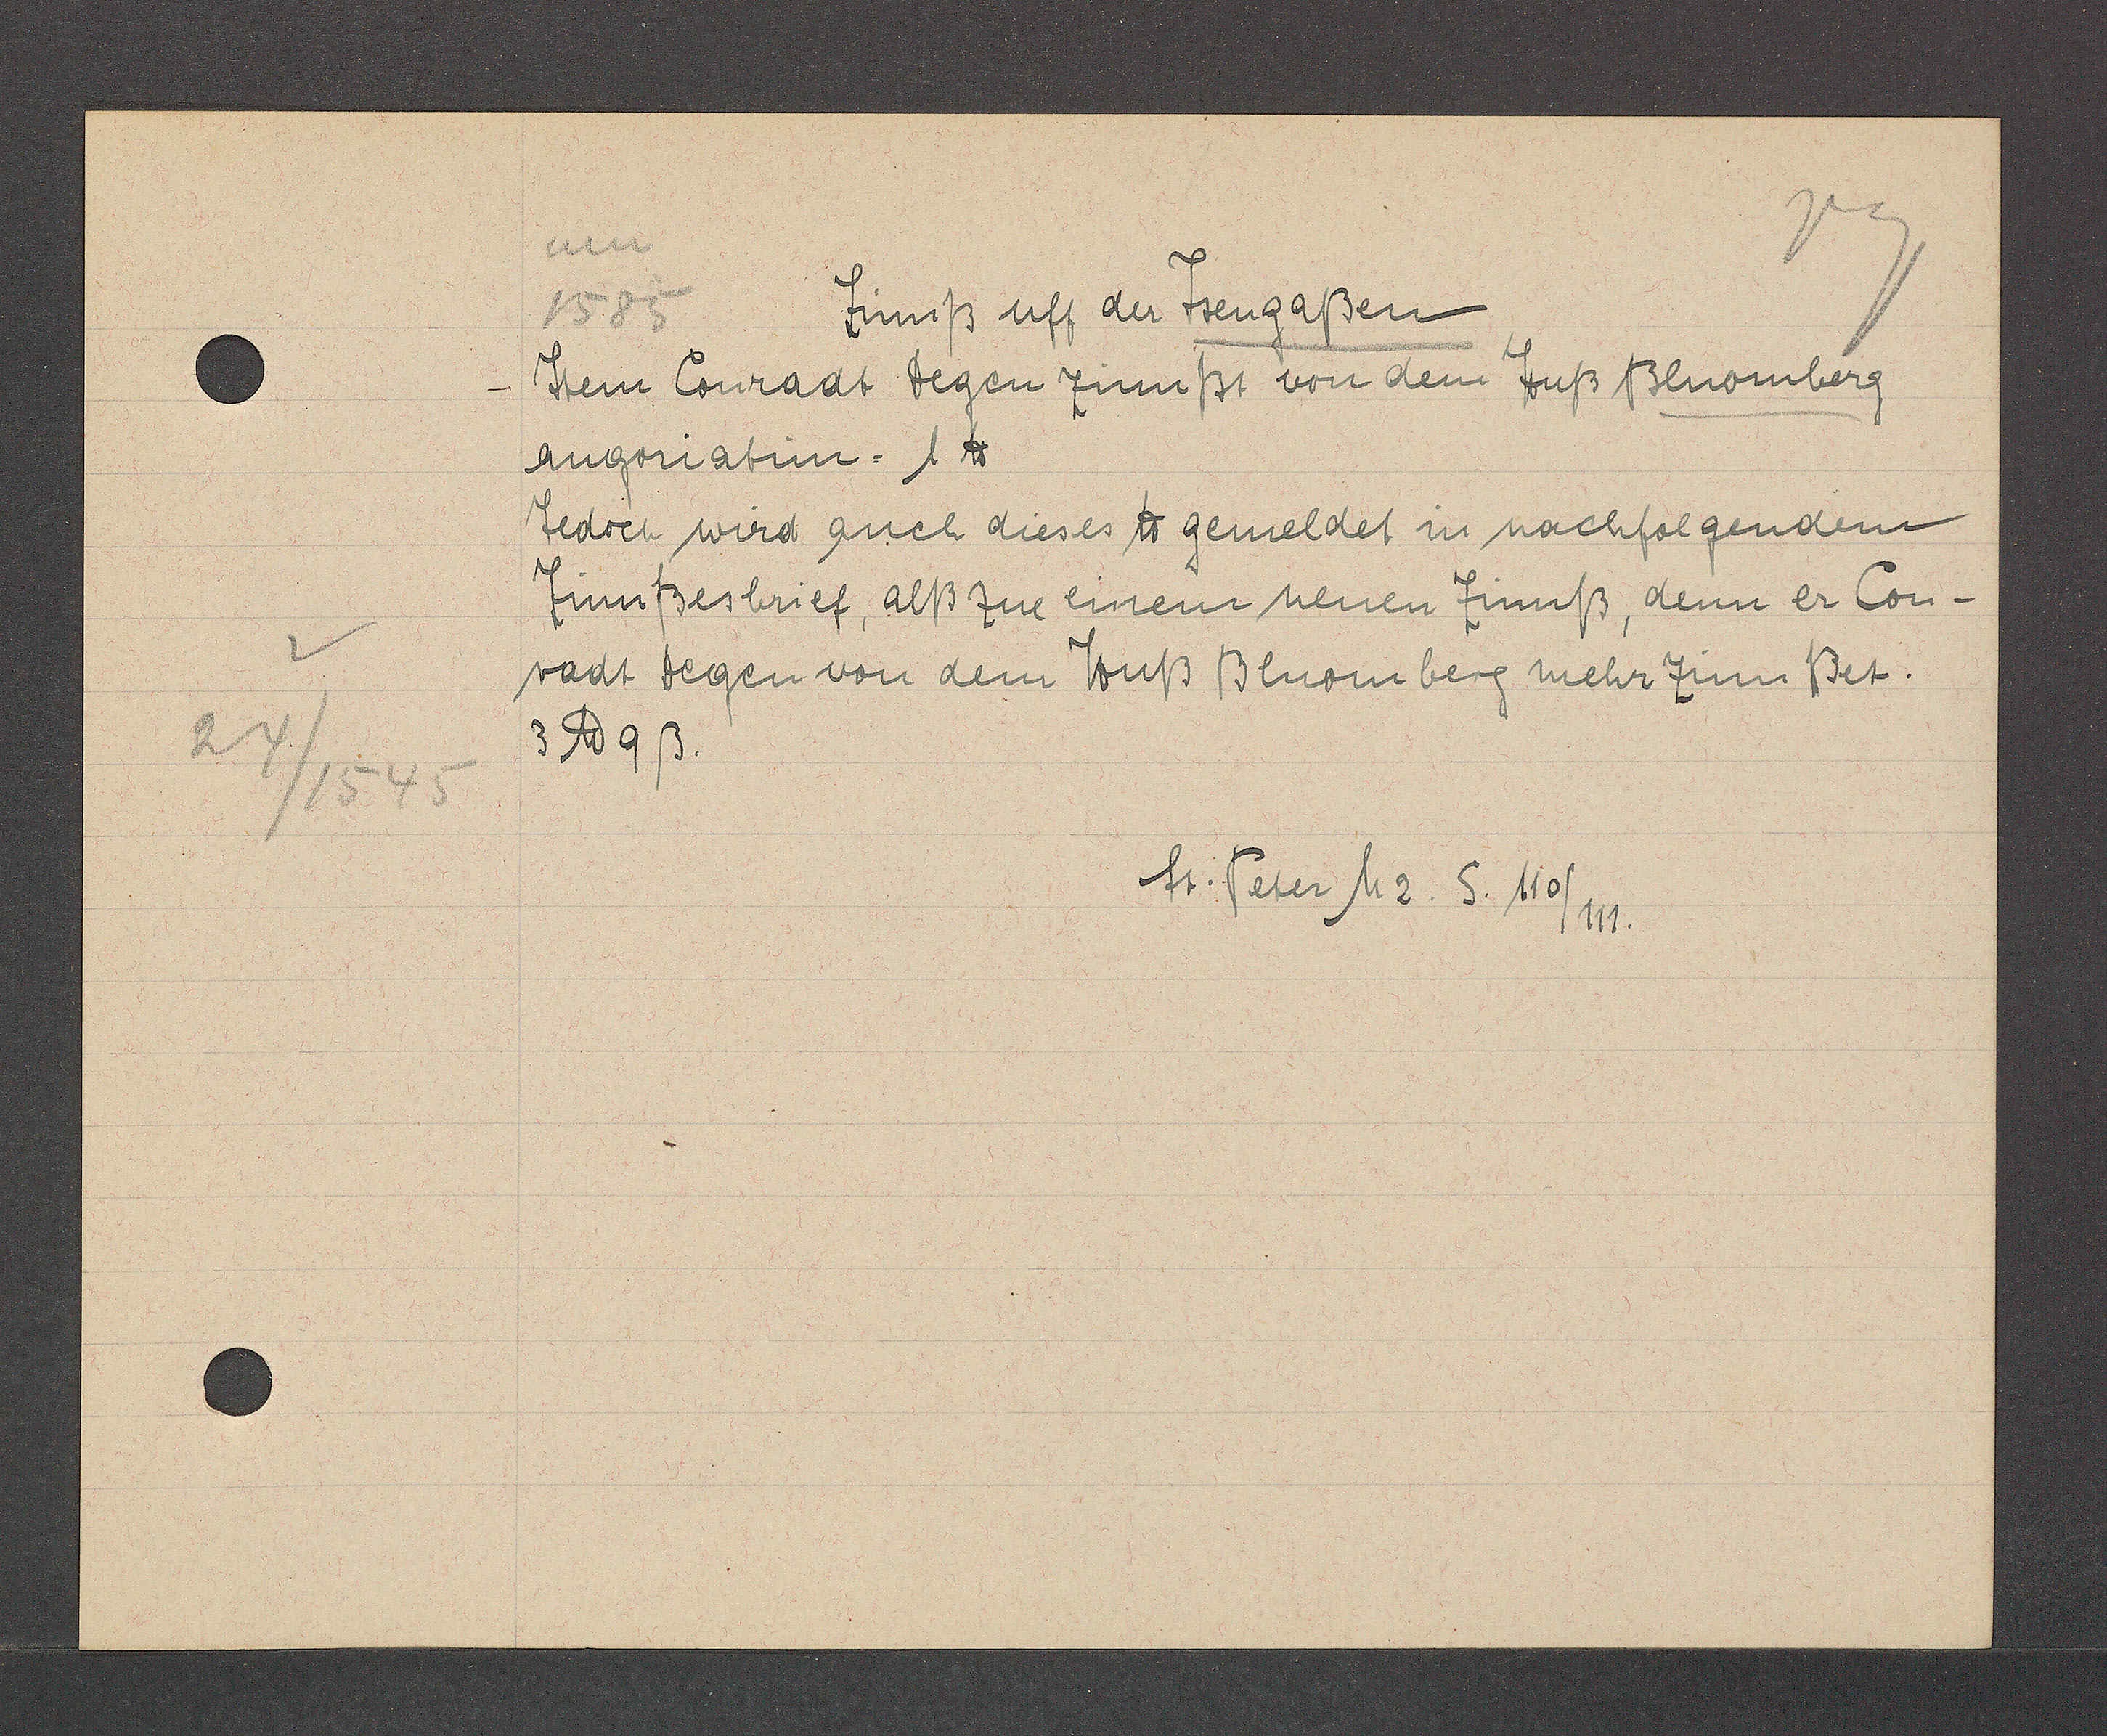
Transcript:
24/1545

Zinnß uff der Jsengaßen
1585
Jtem Conradt Degen zinnßt von dem Huß Bluomberg
angoriatim = 1℔
Jedoch wird auch dieses ℔ gemeldet in nachfolgendem
Zinnßesbrief, alß zue einem neuen Zinnß, denn er Con¬
radt Degen von dem Huß Bluomberg mehr Zinnßet.
3 ℔ 9 ß.
St. Peter M2. S. 110/111.